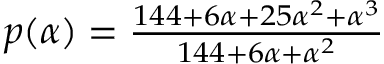
\begin{array} { r } { p ( \alpha ) = \frac { 1 4 4 + 6 \alpha + 2 5 \alpha ^ { 2 } + \alpha ^ { 3 } } { 1 4 4 + 6 \alpha + \alpha ^ { 2 } } } \end{array}